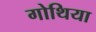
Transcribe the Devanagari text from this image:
गोथिया